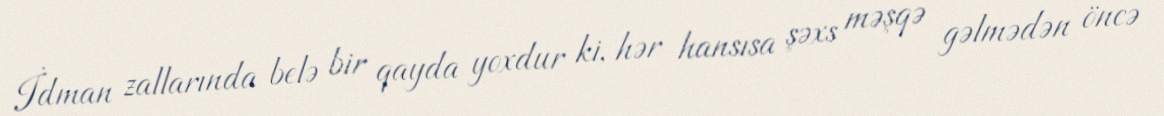
İdman zallarında belə bir qayda yoxdur ki, hər hansısa şəxs məşqə gəlmədən öncə